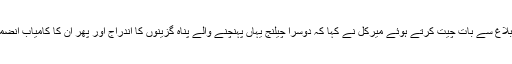
ذرائع ابلاغ سے بات چيت کرتے ہوئے ميرکل نے کہا کہ دوسرا چيلنج يہاں پہنچنے والے پناہ گزينوں کا اندراج اور پھر ان کا کامياب انضمام ہے۔